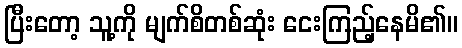
ပြီးတော့ သူ့ကို မျက်စိတစ်ဆုံး ငေးကြည့်နေမိ၏။